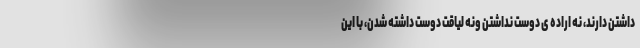
داشتن دارند، نه اراده ى دوست نداشتن ونه لیاقت دوست داشته شدن، با این